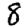
Digit: 8